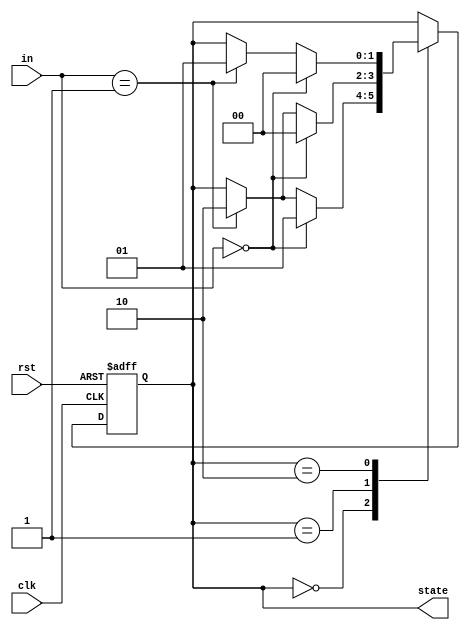
module state_machine(
    input wire clk,
    input wire rst,
    input wire [1:0] in,
    output reg [1:0] state
);

parameter S0 = 2'b00;
parameter S1 = 2'b01;
parameter S2 = 2'b10;

always @(posedge clk or posedge rst) begin
    if (rst) begin
        state <= S0;
    end else begin
        case(state)
            S0: begin
                if(in == 2'b00) state <= S1;
                else if(in == 2'b01) state <= S2;
            end
            
            S1: begin
                if(in == 2'b00) state <= S0;
                else if(in == 2'b01) state <= S2;
            end
            
            S2: begin
                if(in == 2'b00) state <= S0;
                else if(in == 2'b01) state <= S1;
            end
        endcase
    end
end

endmodule